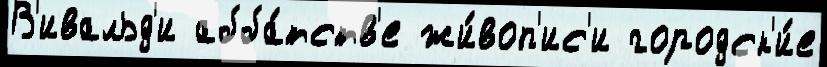
В'ивальд'и абба́тств'е жи́воп'ис'и городск'и́е